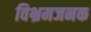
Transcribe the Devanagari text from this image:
विभ्रमजनक